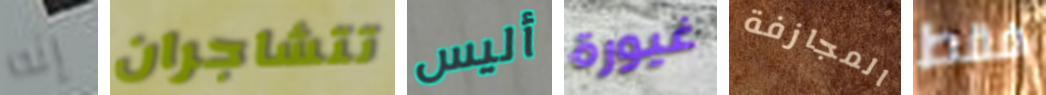
إنه تتشاجران أليس غيورة المجازفة فقط